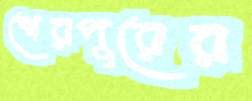
শেরপুরের